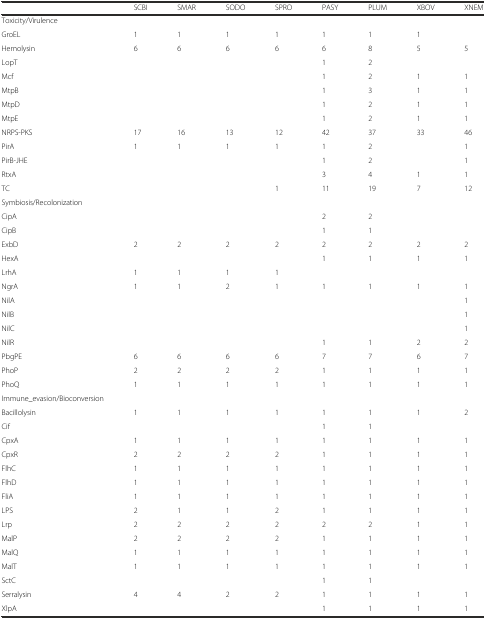
<table><thead><tr><td></td><td><b>SCBI</b></td><td><b>SMAR</b></td><td><b>SODO</b></td><td><b>SPRO</b></td><td><b>PASY</b></td><td><b>PLUM</b></td><td><b>XBOV</b></td><td><b>XNEM</b></td></tr></thead><tbody><tr><td>Toxicity/Virulence</td><td colspan="8"></td></tr><tr><td>GroEL</td><td>1</td><td>1</td><td>1</td><td>1</td><td>1</td><td>1</td><td>1</td><td></td></tr><tr><td>Hemolysin</td><td>6</td><td>6</td><td>6</td><td>6</td><td>6</td><td>8</td><td>5</td><td>5</td></tr><tr><td>LopT</td><td></td><td></td><td></td><td></td><td>1</td><td>2</td><td></td><td></td></tr><tr><td>Mcf</td><td></td><td></td><td></td><td></td><td>1</td><td>2</td><td>1</td><td>1</td></tr><tr><td>MtpB</td><td></td><td></td><td></td><td></td><td>1</td><td>3</td><td>1</td><td>1</td></tr><tr><td>MtpD</td><td></td><td></td><td></td><td></td><td>1</td><td>2</td><td>1</td><td>1</td></tr><tr><td>MtpE</td><td></td><td></td><td></td><td></td><td>1</td><td>2</td><td>1</td><td>1</td></tr><tr><td>NRPS-PKS</td><td>17</td><td>16</td><td>13</td><td>12</td><td>42</td><td>37</td><td>33</td><td>46</td></tr><tr><td>PirA</td><td>1</td><td>1</td><td>1</td><td>1</td><td>1</td><td>2</td><td></td><td>1</td></tr><tr><td>PirB-JHE</td><td></td><td></td><td></td><td></td><td>1</td><td>2</td><td></td><td>1</td></tr><tr><td>RtxA</td><td></td><td></td><td></td><td></td><td>3</td><td>4</td><td>1</td><td>1</td></tr><tr><td>TC</td><td></td><td></td><td></td><td>1</td><td>11</td><td>19</td><td>7</td><td>12</td></tr><tr><td>Symbiosis/Recolonization</td><td></td><td></td><td></td><td></td><td></td><td></td><td></td><td></td></tr><tr><td>CipA</td><td></td><td></td><td></td><td></td><td>2</td><td>2</td><td></td><td></td></tr><tr><td>CipB</td><td></td><td></td><td></td><td></td><td>1</td><td>1</td><td></td><td></td></tr><tr><td>ExbD</td><td>2</td><td>2</td><td>2</td><td>2</td><td>2</td><td>2</td><td>2</td><td>2</td></tr><tr><td>HexA</td><td></td><td></td><td></td><td></td><td>1</td><td>1</td><td>1</td><td>1</td></tr><tr><td>LrhA</td><td>1</td><td>1</td><td>1</td><td>1</td><td></td><td></td><td></td><td></td></tr><tr><td>NgrA</td><td>1</td><td>1</td><td>2</td><td>1</td><td>1</td><td>1</td><td>1</td><td>1</td></tr><tr><td>NilA</td><td></td><td></td><td></td><td></td><td></td><td></td><td></td><td>1</td></tr><tr><td>NilB</td><td></td><td></td><td></td><td></td><td></td><td></td><td></td><td>1</td></tr><tr><td>NilC</td><td></td><td></td><td></td><td></td><td></td><td></td><td></td><td>1</td></tr><tr><td>NilR</td><td></td><td></td><td></td><td></td><td>1</td><td>1</td><td>2</td><td>2</td></tr><tr><td>PbgPE</td><td>6</td><td>6</td><td>6</td><td>6</td><td>7</td><td>7</td><td>6</td><td>7</td></tr><tr><td>PhoP</td><td>2</td><td>2</td><td>2</td><td>2</td><td>1</td><td>1</td><td>1</td><td>1</td></tr><tr><td>PhoQ</td><td>1</td><td>1</td><td>1</td><td>1</td><td>1</td><td>1</td><td>1</td><td>1</td></tr><tr><td>Immune_evasion/Bioconversion</td><td colspan="8"></td></tr><tr><td>Bacillolysin</td><td>1</td><td>1</td><td>1</td><td>1</td><td>1</td><td>1</td><td>1</td><td>2</td></tr><tr><td>Cif</td><td></td><td></td><td></td><td></td><td>1</td><td>1</td><td></td><td></td></tr><tr><td>CpxA</td><td>1</td><td>1</td><td>1</td><td>1</td><td>1</td><td>1</td><td>1</td><td>1</td></tr><tr><td>CpxR</td><td>2</td><td>2</td><td>2</td><td>2</td><td>1</td><td>1</td><td>1</td><td>1</td></tr><tr><td>FlhC</td><td>1</td><td>1</td><td>1</td><td>1</td><td>1</td><td>1</td><td>1</td><td>1</td></tr><tr><td>FlhD</td><td>1</td><td>1</td><td>1</td><td>1</td><td>1</td><td>1</td><td>1</td><td>1</td></tr><tr><td>FliA</td><td>1</td><td>1</td><td>1</td><td>1</td><td>1</td><td>1</td><td>1</td><td>1</td></tr><tr><td>LPS</td><td>2</td><td>1</td><td>1</td><td>2</td><td>1</td><td>1</td><td>1</td><td>1</td></tr><tr><td>Lrp</td><td>2</td><td>2</td><td>2</td><td>2</td><td>2</td><td>2</td><td>1</td><td>1</td></tr><tr><td>MalP</td><td>2</td><td>2</td><td>2</td><td>2</td><td>1</td><td>1</td><td>1</td><td>1</td></tr><tr><td>MalQ</td><td>1</td><td>1</td><td>1</td><td>1</td><td>1</td><td>1</td><td>1</td><td>1</td></tr><tr><td>MalT</td><td>1</td><td>1</td><td>1</td><td>1</td><td>1</td><td>1</td><td>1</td><td>1</td></tr><tr><td>SctC</td><td></td><td></td><td></td><td></td><td>1</td><td>1</td><td></td><td></td></tr><tr><td>Serralysin</td><td>4</td><td>4</td><td>2</td><td>2</td><td>1</td><td>1</td><td>1</td><td>1</td></tr><tr><td>XlpA</td><td></td><td></td><td></td><td></td><td>1</td><td>1</td><td>1</td><td>1</td></tr></tbody></table>